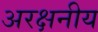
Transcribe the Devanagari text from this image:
अरक्षनीय